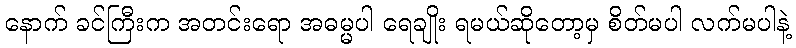
နောက် ခင်ကြီးက အတင်းရော အဓမ္မပါ ရေချိုး ရမယ်ဆိုတော့မှ စိတ်မပါ လက်မပါနဲ့